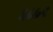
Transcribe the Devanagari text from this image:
३८७९